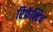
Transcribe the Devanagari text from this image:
रिफ्रॅक्टिव